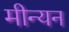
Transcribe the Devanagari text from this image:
मीन्यन